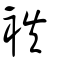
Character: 袟